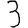
Digit: 3